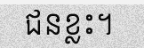
ជនខ្លះ។